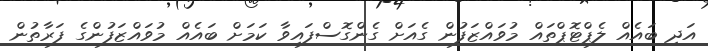
އަދި ބައެއް ލެޕްޓޮޕްތައް މުވައްޒަފުން ގެއަށް ގެންގޮސްފައިވާ ކަމަށް ބައެއް މުވައްޒަފުންގެ ފަރާތުން